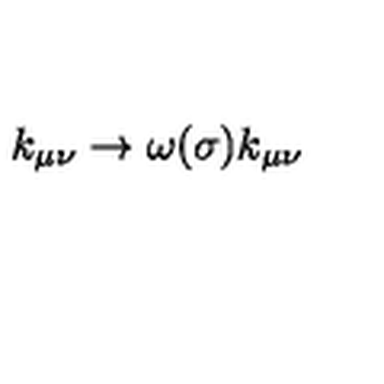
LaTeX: k _ { \mu \nu } \to \omega ( \sigma ) k _ { \mu \nu }